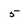
Character: 5